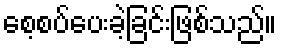
စေ့စပ်ပေးခဲ့ခြင်းဖြစ်သည်။